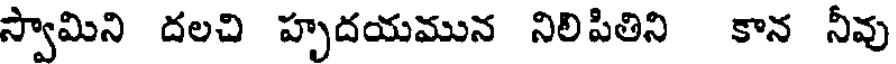
స్వామిని దలచి హృదయమున నిలిపితిని కాన నీవు